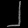
Digit: ၂